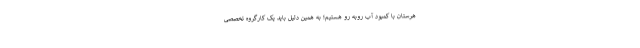
هرستان با کمبود آب روبه رو هستیم؛ به همین دلیل باید یک کارگروه تخصصی